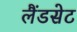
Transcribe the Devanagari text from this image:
लैंडसेट